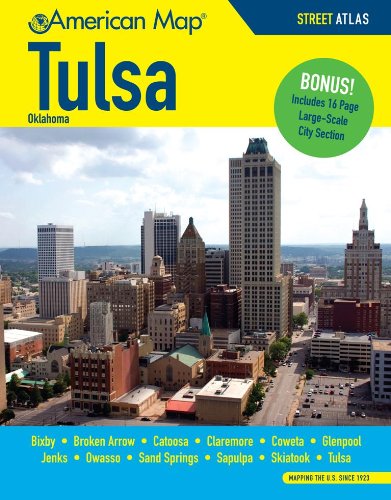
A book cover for Tulsa OK Atlas; American Map; Travel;